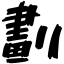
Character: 劃